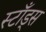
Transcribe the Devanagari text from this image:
स्टाँड्स